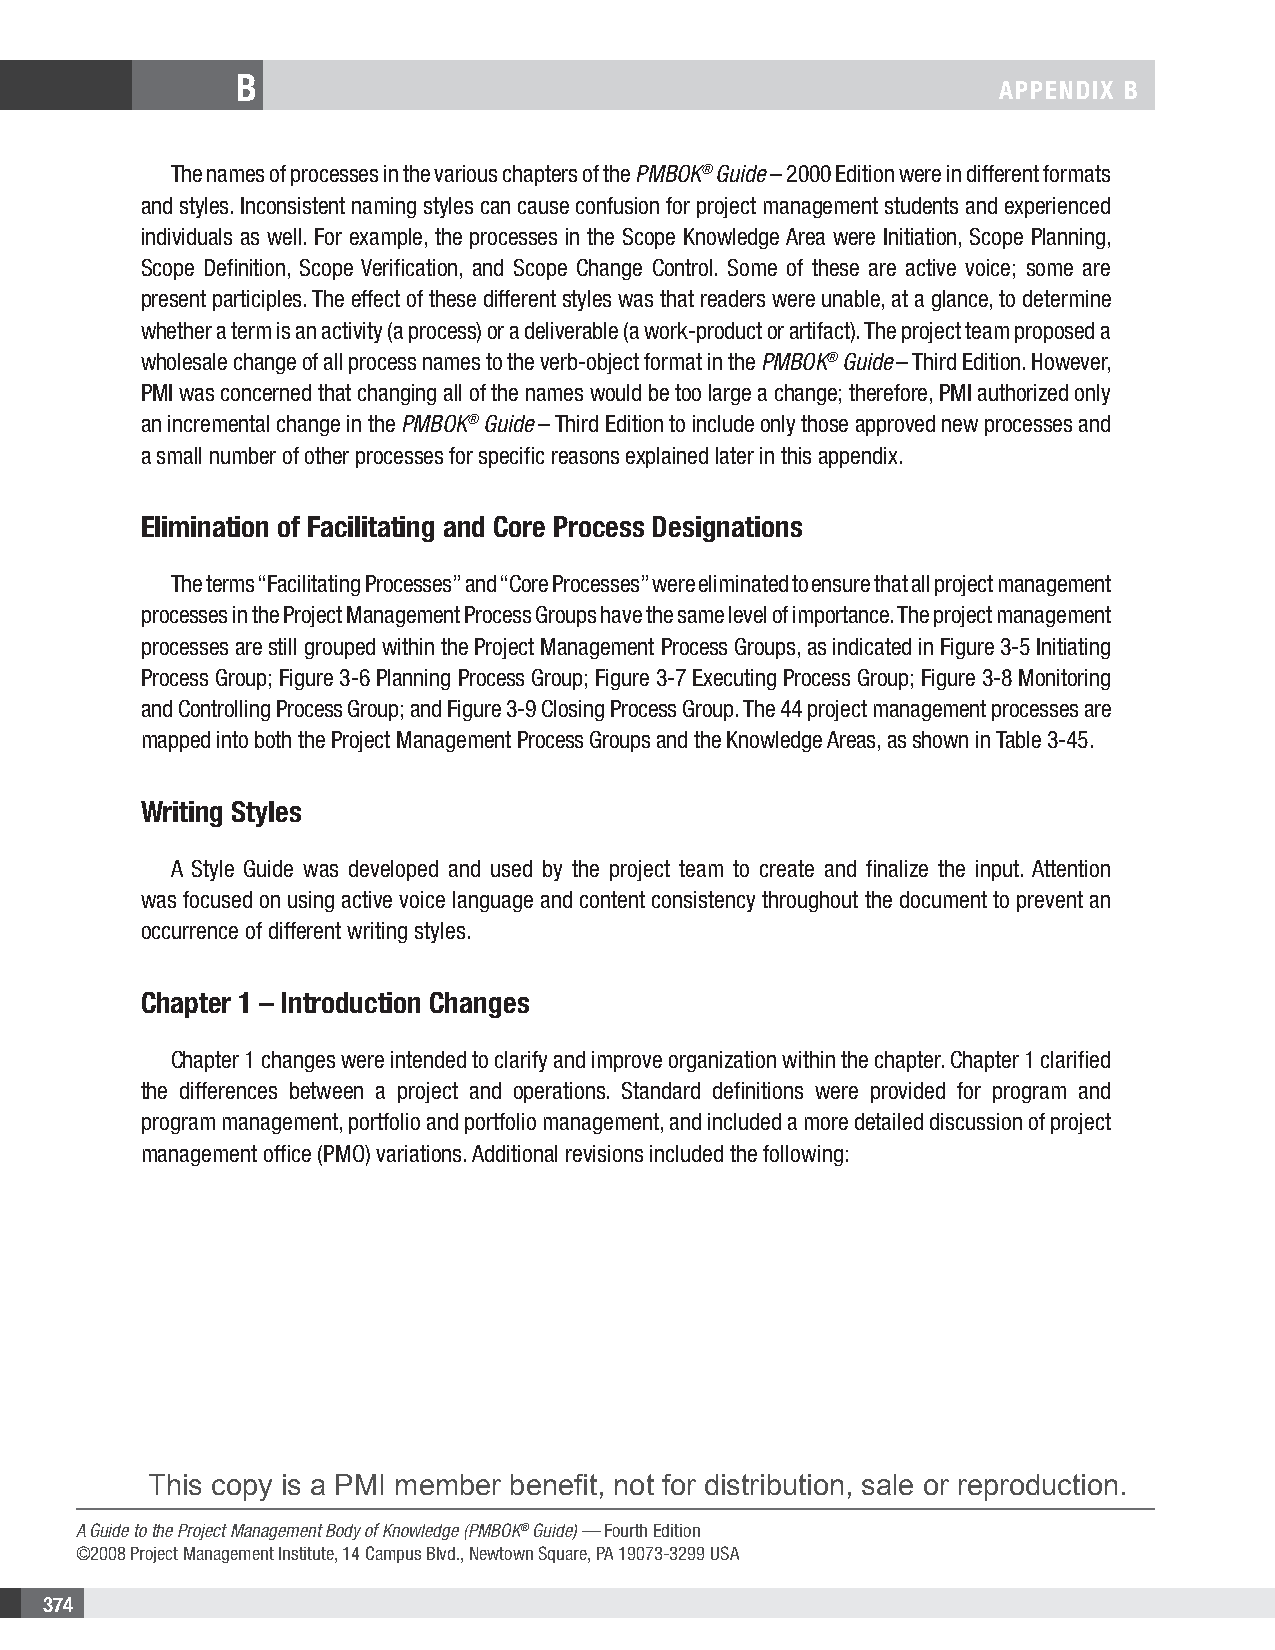
B
 APPENDIX B
 The names of processes in the various chapters of the PMBOK® Guide – 2000 Edition were in different formats
 and styles. Inconsistent naming styles can cause confusion for project management students and experienced
 individuals as well. For example, the processes in the Scope Knowledge Area were Initiation, Scope Planning,
 Scope Definition, Scope Verification, and Scope Change Control. Some of these are active voice; some are
 present participles. The effect of these different styles was that readers were unable, at a glance, to determine
 whether a term is an activity (a process) or a deliverable (a work-product or artifact). The project team proposed a
 wholesale change of all process names to the verb-object format in the PMBOK® Guide – Third Edition. However,
 PMI was concerned that changing all of the names would be too large a change; therefore, PMI authorized only
 an incremental change in the PMBOK® Guide – Third Edition to include only those approved new processes and
 a small number of other processes for specific reasons explained later in this appendix.
 Elimination of Facilitating and Core Process Designations
 The terms “Facilitating Processes” and “Core Processes” were eliminated to ensure that all project management
 processes in the Project Management Process Groups have the same level of importance. The project management
 processes are still grouped within the Project Management Process Groups, as indicated in Figure 3-5 Initiating
 Process Group; Figure 3-6 Planning Process Group; Figure 3-7 Executing Process Group; Figure 3-8 Monitoring
 and Controlling Process Group; and Figure 3-9 Closing Process Group. The 44 project management processes are
 mapped into both the Project Management Process Groups and the Knowledge Areas, as shown in Table 3-45.
 Writing Styles
 A Style Guide was developed and used by the project team to create and finalize the input. Attention
 was focused on using active voice language and content consistency throughout the document to prevent an
 occurrence of different writing styles.
 Chapter 1 – Introduction Changes
 Chapter 1 changes were intended to clarify and improve organization within the chapter. Chapter 1 clarified
 the differences between a project and operations. Standard definitions were provided for program and
 program management, portfolio and portfolio management, and included a more detailed discussion of project
 management office (PMO) variations. Additional revisions included the following:
 This copy is a PMI member benefit, not for distribution, sale or reproduction.
 A Guide to the Project Management Body of Knowledge (PMBOK® Guide) — Fourth Edition
 ©2008 Project Management Institute, 14 Campus Blvd., Newtown Square, PA 19073-3299 USA
 374